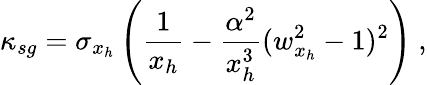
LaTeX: \kappa_{sg}=\sigma_{x_{h}}\left(\frac{1}{x_{h}}-\frac{\alpha^{2}}{x_{h}^{3}}(w_{x_{h}}^{2}-1)^{2}\right)\ ,